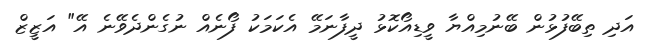
އަދި ތިބޭފުޅުން ބޭނުމިއްޔާ ވީޑިއޯކޮޅު ދީފާނަމޭ އެކަމަކު ފޯނެއް ނުގެންދެވޭނެ އޭ" އަޒީޒް